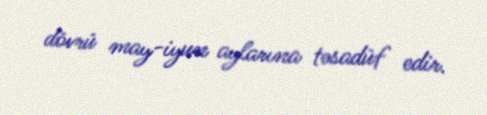
dövrü may-iyun aylarına təsadüf edir.